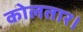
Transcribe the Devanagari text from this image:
कोलतार।